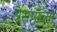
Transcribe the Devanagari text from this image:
त्रेसष्टाव्या